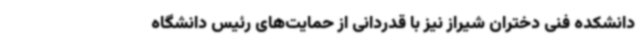
دانشکده فنی دختران شیراز نیز با قدردانی از حمایت‌های رئیس دانشگاه